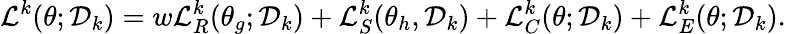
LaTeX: \mathcal{L}^{k}(\theta;\mathcal{D}_{k})=w\mathcal{L}_{R}^{k}(\theta_{g};\mathcal{D}_{k})+\mathcal{L}_{S}^{k}(\theta_{h},\mathcal{D}_{k})+\mathcal{L}_{C}^{k}(\theta;\mathcal{D}_{k})+\mathcal{L}_{E}^{k}(\theta;\mathcal{D}_{k}).